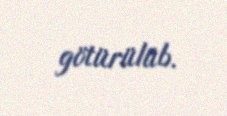
götürülüb.